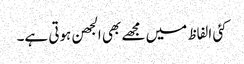
کئی الفاظ میں مجھے بھی الجھن ہوتی ہے۔